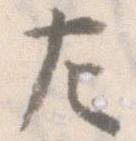
左